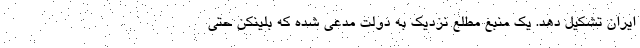
ایران تشکیل دهد. یک منبع مطلع نزدیک به دولت مدعی شده که بلینکن حتی